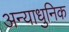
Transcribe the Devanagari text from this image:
अन्याधुनिक